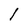
Character: l